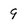
Character: 9